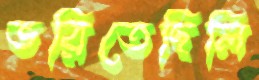
ভরিতেছিলি